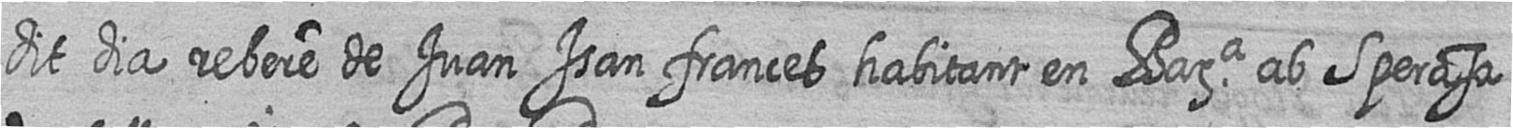
dit dia rebere de Juan Isan frances habitant en Bara ab Sperasa